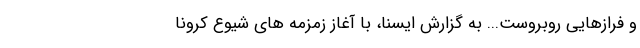
و فرازهایی روبروست... به گزارش ایسنا، با آغاز زمزمه های شیوع کرونا